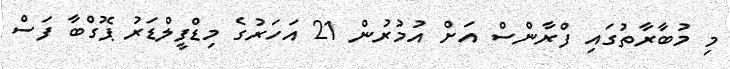
މި މުބާރާތުގައި ފްރާންސް އަށް އުމުރުން 21 އަހަރުގެ މިޑްފީލްޑަރު ޕޮގްބާ ފަސް